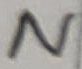
Text: N